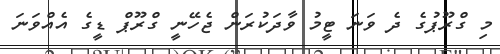
މި ގްރޫޕުގެ ދެ ވަނަ ޓީމު ވާދަކުރަން ޖެހޭނީ ގްރޫޕް ޑީގެ އެއްވަނަ